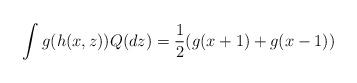
LaTeX: \begin{align*}\int g(h(x,z))Q(dz)&=\frac{1}{2}(g(x+1)+g(x-1))\end{align*}